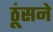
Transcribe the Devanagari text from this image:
ठूंसने